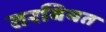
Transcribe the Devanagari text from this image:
तरबियत